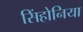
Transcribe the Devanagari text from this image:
सिंहोनिया